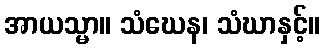
အာယသ္မာ။ သံဃေန၊ သံဃာနှင့်။